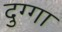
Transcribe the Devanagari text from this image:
दुग्गा